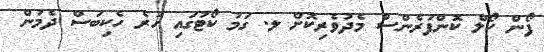
ފޯން ކޯލް ކޮންފަރެންސް މެދުވެރިކޮށް ލ. ގަމު ކޯޓުގައި ހުރެ ހެކިބަސް ދެމުން